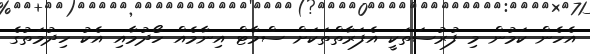
އެހެން ކަމުން މި ފުރުސަތަކީ އެފަރާތްތަކަށް ސްމާޓް އިނާމެއް ހޯދުމާއި އެކު ހިދުމަތުގެ